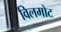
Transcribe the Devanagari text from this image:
विलमोट